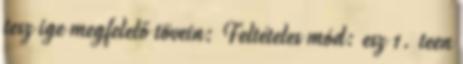
tesz ige megfelelő tövein: Feltételes mód: esz 1. teen